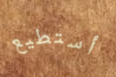
أستطيع